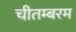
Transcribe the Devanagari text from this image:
चीतम्बरम